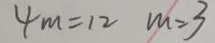
4 m = 1 2 m = 3